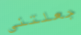
جعلتني